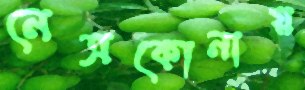
নেত্রকোনায়